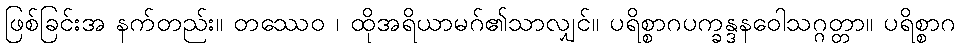
ဖြစ်ခြင်းအ နက်တည်း။ တဿေဝ ၊ ထိုအရိယာမဂ်၏သာလျှင်။ ပရိစ္စာဂပက္ခန္ဒနဝေါသဂ္ဂတ္တာ။ ပရိစ္စာဂ